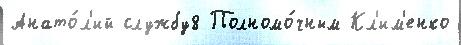
Анато́л'ий службу8 Полномо́чным Кл'им'енко